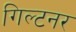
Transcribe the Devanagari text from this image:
गिल्टनर